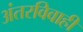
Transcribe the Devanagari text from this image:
अंतरविवाही